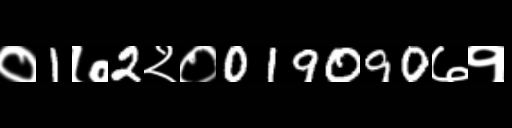
Text: ०1७2२०019090७१